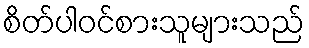
စိတ်ပါဝင်စားသူများသည်